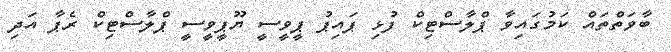
ބާވަތްތައް ކަމުގައިވާ ޕްލާސްޓިކް ފުޅި ޕައިޕު ޕީވީސީ ޔޫޕީވީސީ ޕްލާސްޓިކް ރެޕާ އަދި